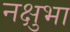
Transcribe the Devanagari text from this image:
नक्षुभा